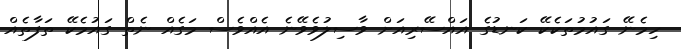
ހިމެނޭ ގައުމުތަކެކޭ ކަނޑުގެ އައްސޭރިއަށް ވާސިލުވެވޭނެ އެއްވެސް މަގެއް ނެތް ގައުމެކޭ ތަފާތެއް